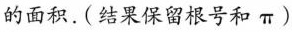
的面积.(结果保留根号和π)